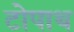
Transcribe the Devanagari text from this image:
टोपाथ